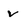
Character: v